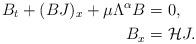
LaTeX: \begin{align*}B_t+(BJ)_x+\mu\Lambda^\alpha B=&\ 0,\\B_x=&\ \mathcal H J.\end{align*}